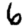
Digit: 6